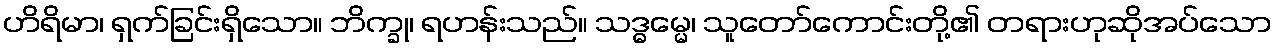
ဟိရိမာ၊ ရှက်ခြင်းရှိသော။ ဘိက္ခု၊ ရဟန်းသည်။ သဒ္ဓမ္မေ၊ သူတော်ကောင်းတို့၏ တရားဟုဆိုအပ်သော